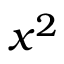
x ^ { 2 }